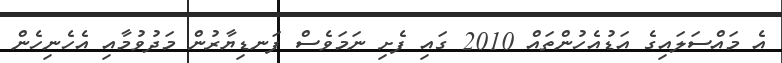
އެ މައްސަލައިގެ އަޑުއެހުންތައް 2010 ގައި ފެށި ނަމަވެސް ފަނޑިޔާރުން މަދުވުމާއި އެހެނިހެން